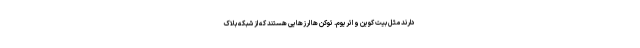
دارند مثل بیت کوین و اتریوم. توکن ها ارزهایی هستند که از شبکه بلاک